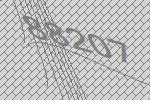
88207